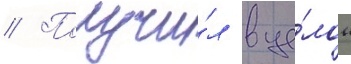
// Получи́л в це́лом